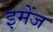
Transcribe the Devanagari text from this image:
इमेंज